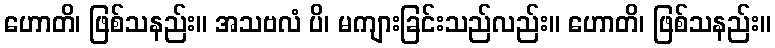
ဟောတိ၊ ဖြစ်သနည်း။ အသဗလံ ပိ၊ မကျားခြင်းသည်လည်း။ ဟောတိ၊ ဖြစ်သနည်း။